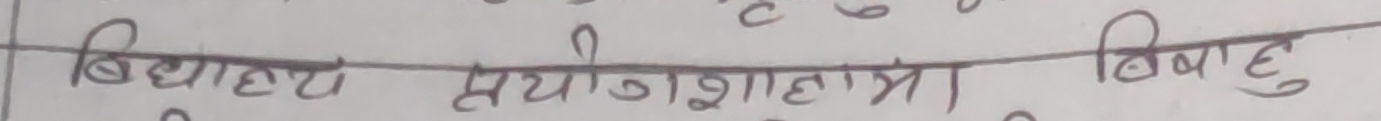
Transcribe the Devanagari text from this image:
बिद्यालय संयोजक छात्रा बिबाहु